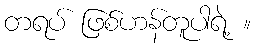
တရပ် ဖြစ်ဟန်တူပါရဲ့ ။